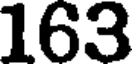
163